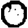
Digit: 0